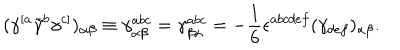
( \gamma ^ { [ a } \tilde { \gamma } ^ { b } \gamma ^ { c ] } ) _ { \alpha \beta } \equiv \gamma _ { \alpha \beta } ^ { a b c } = \gamma _ { \beta \alpha } ^ { a b c } = - { \frac { 1 } { 6 } } \epsilon ^ { a b c d e f } ( \gamma _ { d e f } ) _ { \alpha \beta } .